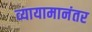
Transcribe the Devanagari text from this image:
व्यायामानंतर